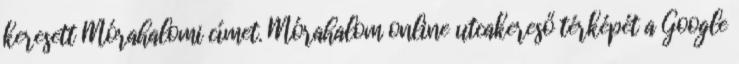
keresett Mórahalomi címet. Mórahalom online utcakereső térképét a Google